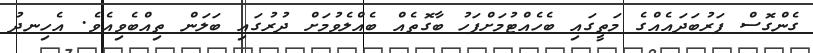
ގެންގޮސް ފަރުބަދައެއްގެ މަތީގައި ބެހެއްޓުމަށްފަހު ބާގޮތެއް ބެއްލެވުމަށް ދުރުގައި ބަލަން ތިއްބެވިއެވެ. އެހިނދު